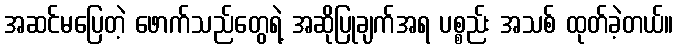
အဆင်မပြေတဲ့ ဖောက်သည်တွေရဲ့ အဆိုပြုချက်အရ ပစ္စည်း အသစ် ထုတ်ခဲ့တယ်။